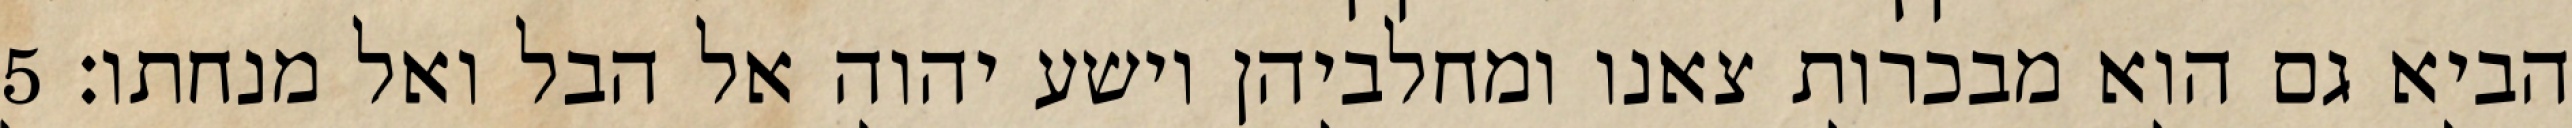
הביא גם הוא מבכרות צאנו ומחלביהן וישע יהוה אל הבל ואל מנחתו׃ ‎5‏